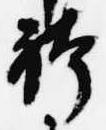
袴